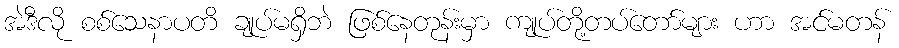
အဲဒီလို စစ်သေနာပတိ ချုပ်မရှိဘဲ ဖြစ်နေတုန်းမှာ ကျုပ်တို့တပ်တော်များ ဟာ အင်မတန်